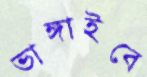
ভাঙ্গাইবে